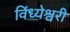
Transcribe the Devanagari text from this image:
विंध्येश्वरी